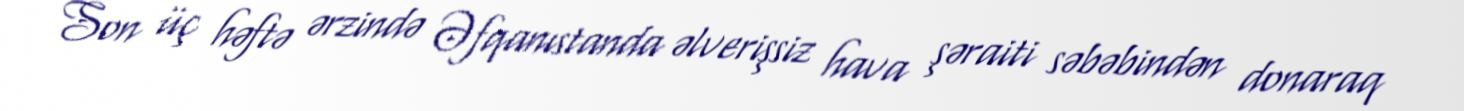
Son üç həftə ərzində Əfqanıstanda əlverişsiz hava şəraiti səbəbindən donaraq